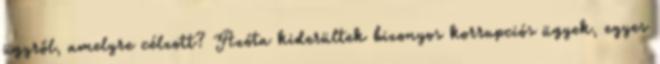
ügyről, amelyre célzott? Azóta kiderültek bizonyos korrupciós ügyek, egyes